Rapla_vallavalitsus, lk 37
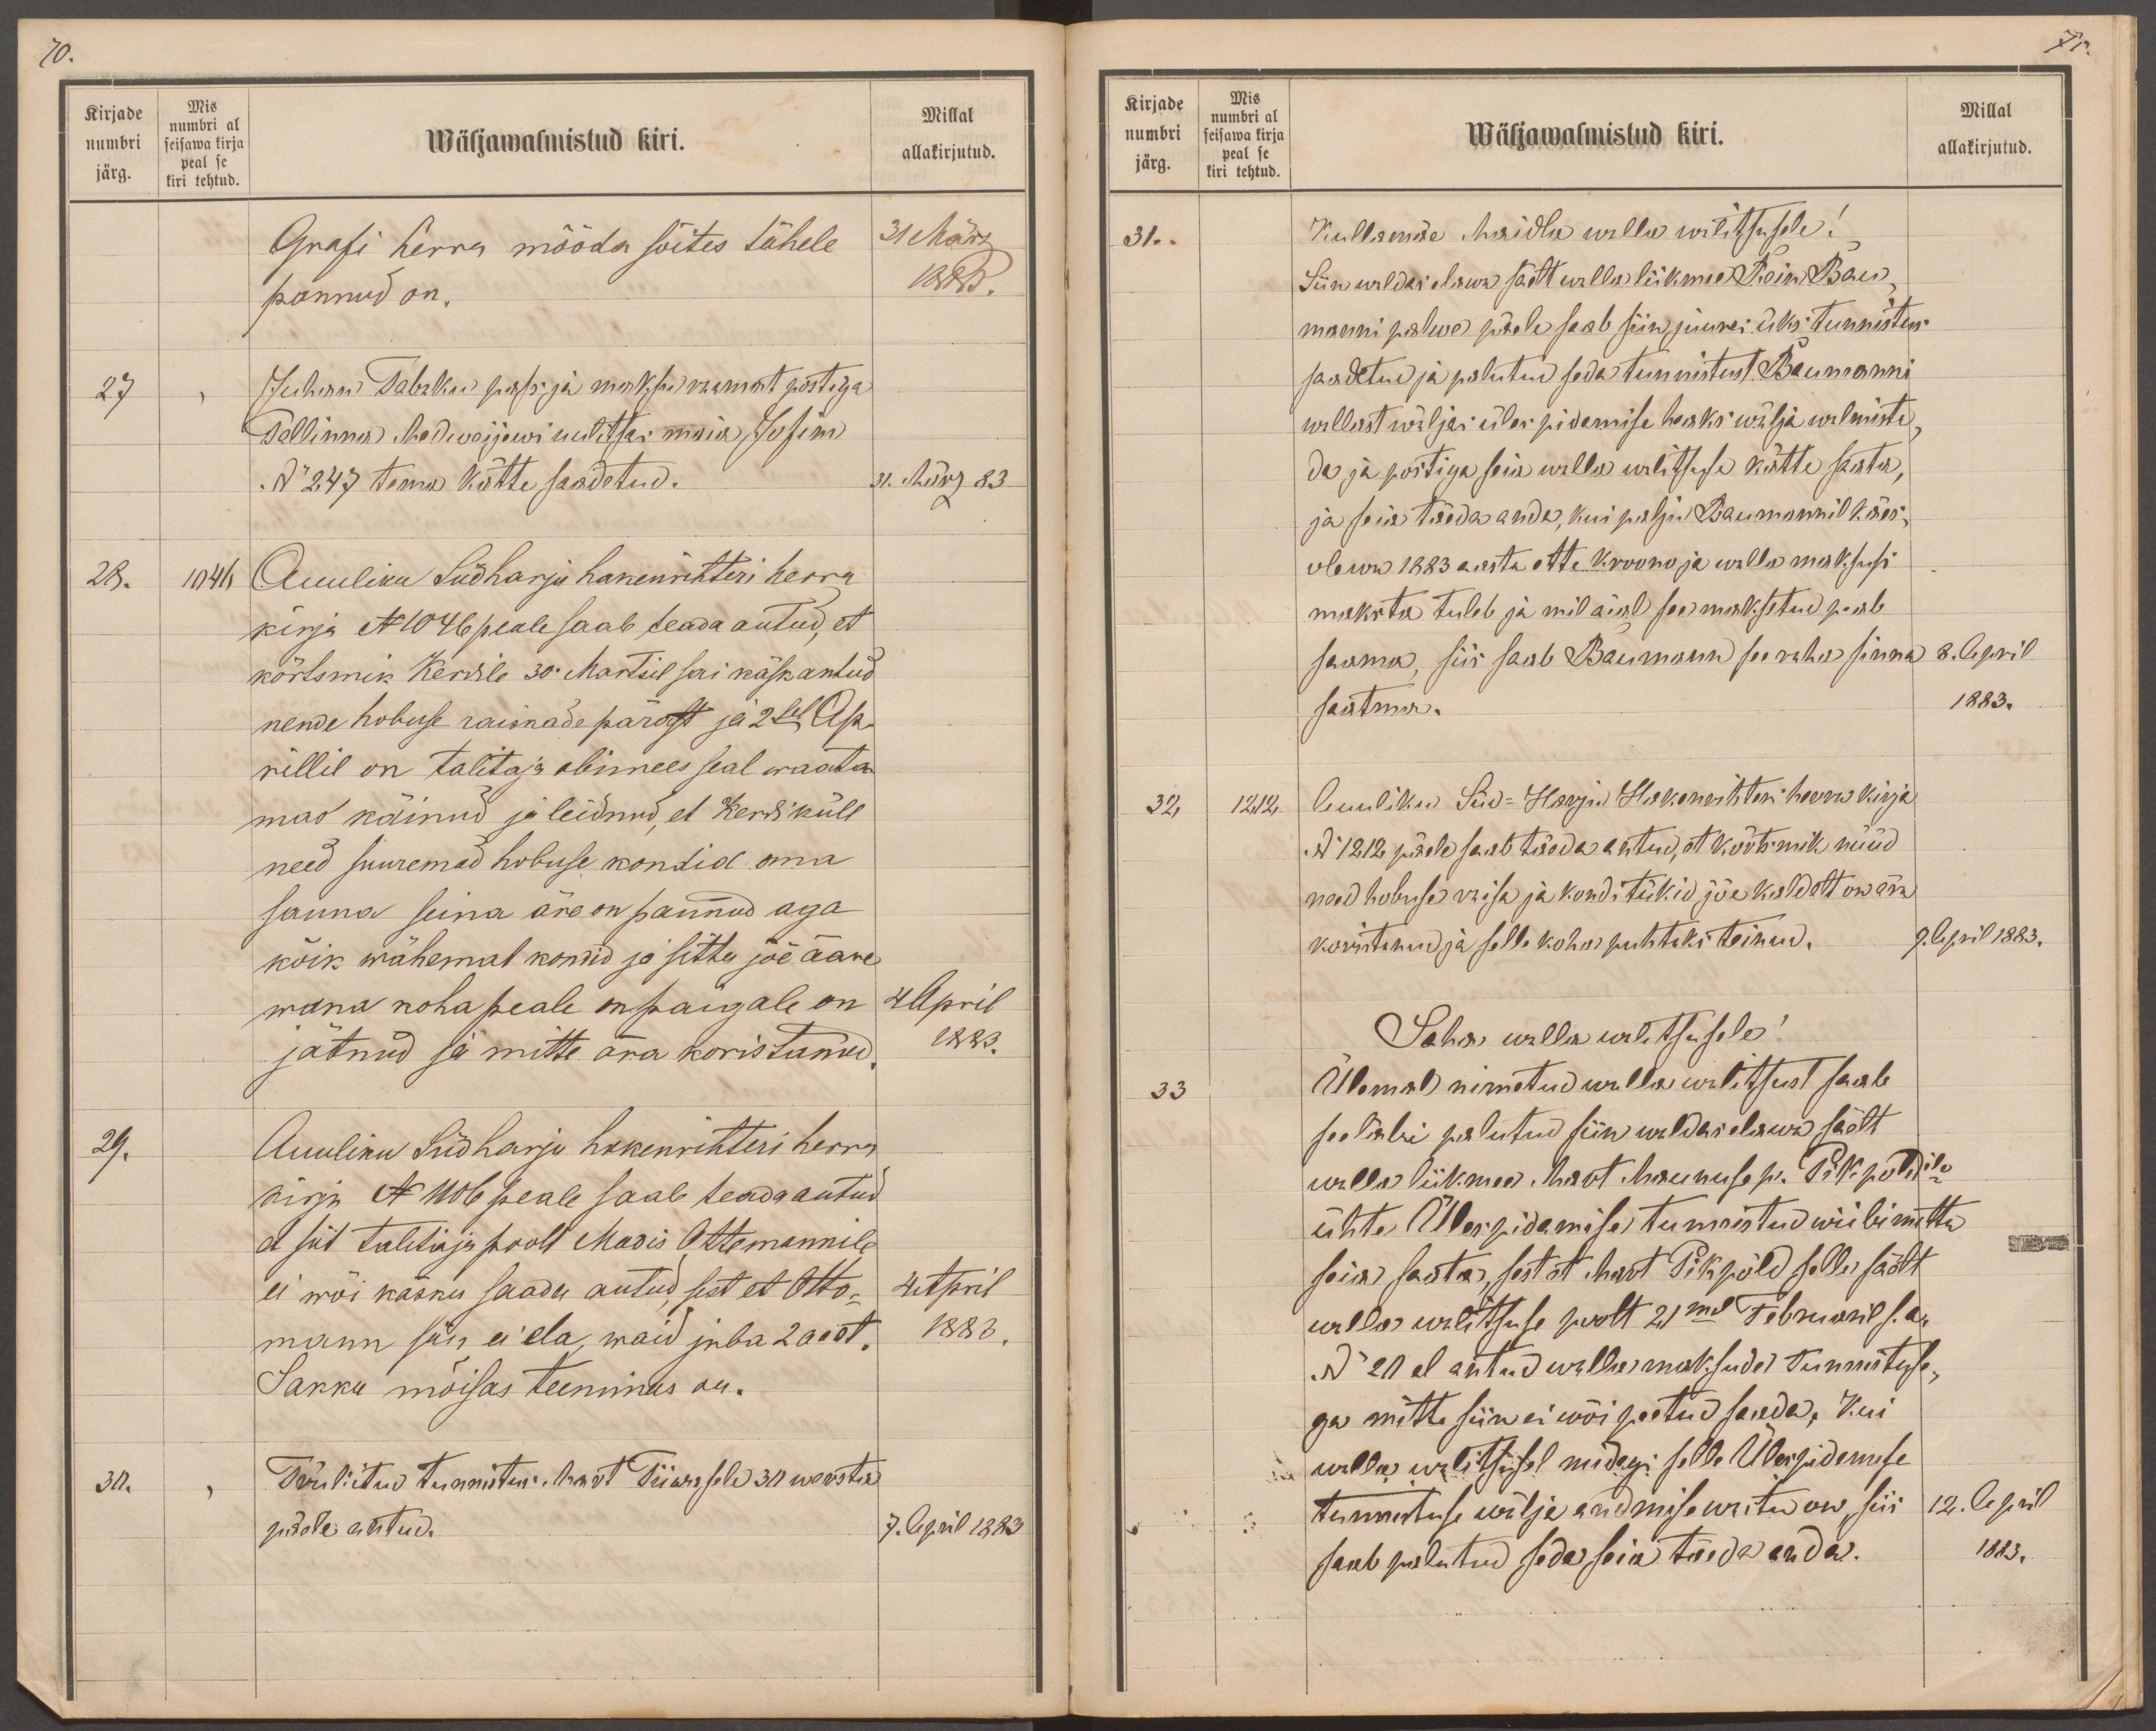
70.
Kirjade
Mis
Millal
numbri
numbri al
peal se
seisawa kirja
Wäljawalmistud kiri.
allakirjutud.
järg.
kiri tehtud.
Grafi herra mööda sõites tähele
31 März
pannud on.
1883.
27
Juhani Tabaku pass ja maksu raamat postiga
Tallinna Medweijewi uulitsas maia Jufim
No 247 tema kätte saadetud.
31. März 83
28.
1046
Auuliku Südharju hakenrihteri herra
kirja No 1046 peale saab teada antud, et
kõrtsmik Kersile 30 Martsil sai käsk antud
nende hobuse raisnade pärast ja 2sel Ap-
rillil on talitaja abimees seal waata
mas käinud ja leidnud, et Kers küll
need suuremad hobuse kondid oma
sanna seina äre on pannud aga
kõik wähemal kondid ja sitta jõe ääre
wana koha peale on paigale on
4 April
jätnud ja mitte ära koristanud.
1883.
29.
Auuliku Südharju hakenrihteri herra
kirja No 1106 peale saab teada antud
et siit talitjaja poolt Madis Ottemannile
ei wõi käsku saada antud, sest et Otto-
4 April
mann siin ei ela, waid juba 2 aast.
1883.
Sakku mõisas teenimas on.
30.
Trükitud tunnistus Mart Tiiwasele 30 wersta
päele antud.
7. April 1883.

71.
Kirjade
Mis
numbri
numbri al
Millal
seisawa kirja
peal se
Wäljawalmistud kiri.
allakirjutud.
järg.
kiri tehtud.
31..
Kullamäe Maidla walla walitsusele!
Siin waldas elawa säelt walla liikme Rein Bau-
manni palwe päele saab siin juures üks tunnistus
saadetud ja palutud seda tunnistust Baumanni
wallast wäljas üles pidamise heaks wälja walmista
da ja postiga seia walla walitsuse kätte saata,
ja seie täeda anda, kui palju Baumannil käes-
olewa 1883 aasta ette kroono ja walla maksusi
maksta tuleb ja mil aial see maksetud peab
saama, siis saab Baumann see raha sinna
8. April
saatma.
1883.
32
1212
Auuliku Süd-Harju Hakenrihteri herra kirja
No 1212 päele saab täeda antud, et kõrtsmik nüüd
need hobuse raisa ja konditükid jõe kaldett on ära
koristanud ja selle koha puhtaks teinud.
9. April 1883.
Saha walla walitsusele!
33
Ülemal nimetud walla walitsust saab
seeläbi palutud siin waldas elawa, säelt
walla liikme Mart Mauruse p. Pikpõldile
ühte Ülespidamise tunnistud wiibimatta
seia saata, sest et Mart Pikpõld selle säelt
walla walitsuse poolt 21mal Februaril s.a
No 20 el antud wallamaksude tunnistuse,
ga mitte siin ei wõi peetud saada, Kui
walla walitsusel midagi selle Ülespidamise
tunnistuse wälja andmise wastu on, siis
12. April
saab palutud seda seia täeda anda.
1883.